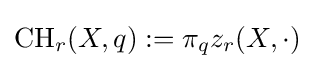
\operatorname {CH} _{r}(X,q):=\pi _{q}z_{r}(X,\cdot )